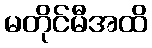
မတိုင်မီအထိ